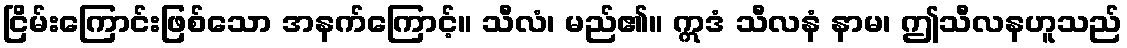
ငြိမ်းကြောင်းဖြစ်သော အနက်ကြောင့်။ သီလံ၊ မည်၏။ ဣဒံ သီလနံ နာမ၊ ဤသီလနဟူသည်